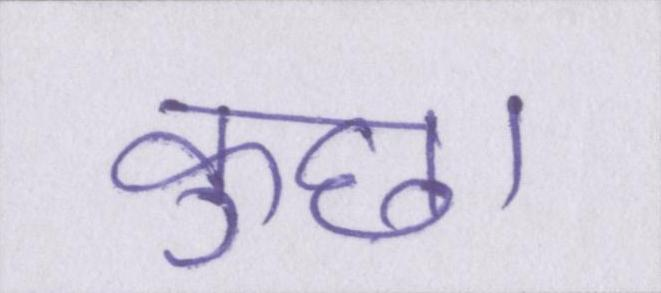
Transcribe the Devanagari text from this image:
कुछ।